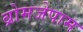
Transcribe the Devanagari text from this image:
ब्रोमजेपाम